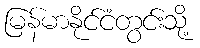
မြန်မာနိုင်ငံတွင်းသို့